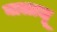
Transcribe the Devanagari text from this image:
बालाजू